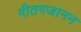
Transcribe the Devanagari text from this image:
गीतगजानन